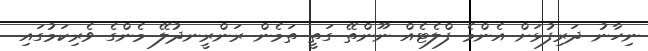
ނިހާނު ދަރިފުޅަށް އެންމެ ފްލެޓެއް ނޫންތޭ ގަތީ ތަމެން ރަންރީނދުލޭ މެންގެ ވެރިކަމުގައި